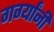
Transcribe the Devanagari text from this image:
गर्ग्यांनी